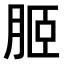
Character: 𦚟